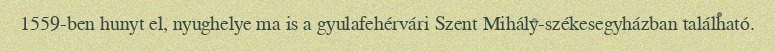
1559-ben hunyt el, nyughelye ma is a gyulafehérvári Szent Mihály-székesegyházban található.